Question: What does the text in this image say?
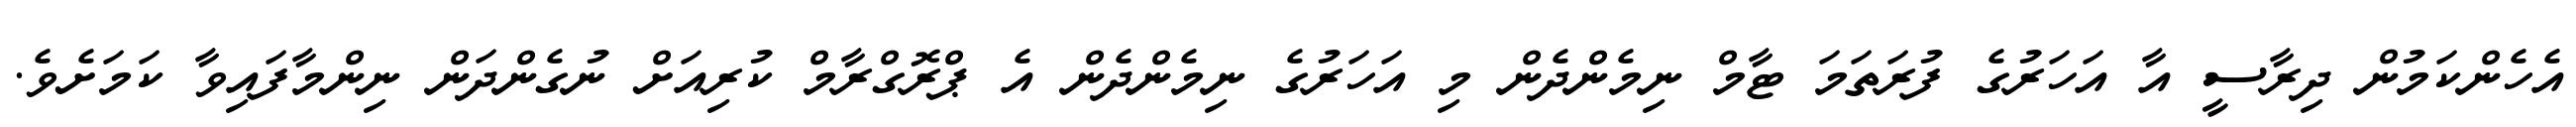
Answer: އެހެންކަމުން ދިރާސީ އާ އަހަރުގެ ފުރަތަމަ ޓާމް ނިމެންދެން މި އަހަރުގެ ނިމެންދެން އެ ޕްރޮގްރާމް ކުރިއަށް ނުގެންދަން ނިންމާފައިވާ ކަމަށެވެ.